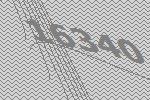
16340